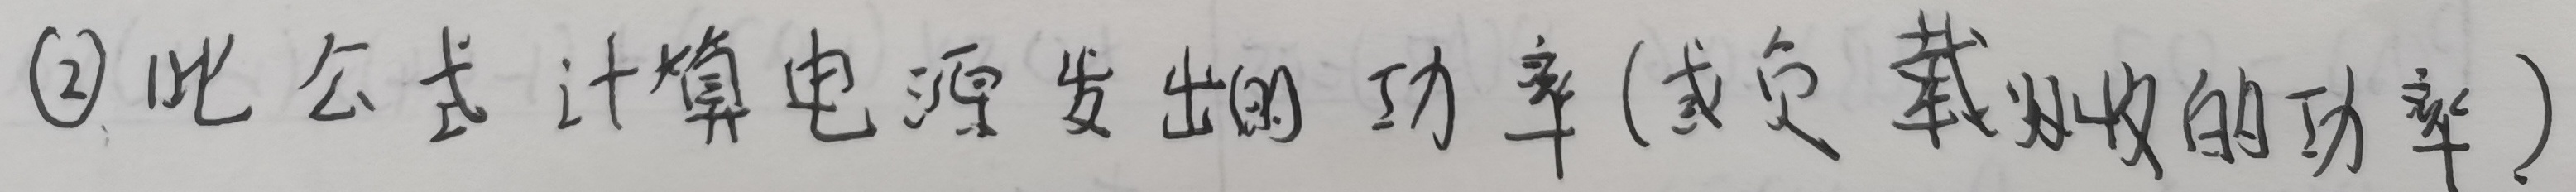
(2) 此公式计算电源发出的功率(或负载吸收的功率)